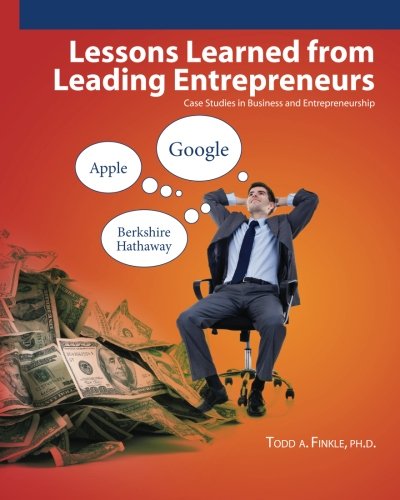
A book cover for Lessons Learned From Leading Entrepreneurs: Case Studies in Business and Entrepreneurship; Todd A. Finkle; Business & Money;